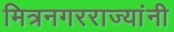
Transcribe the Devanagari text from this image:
मित्रनगरराज्यांनी